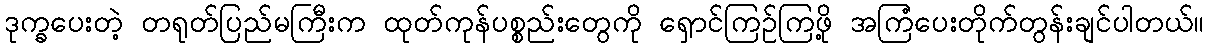
ဒုက္ခပေးတဲ့ တရုတ်ပြည်မကြီးက ထုတ်ကုန်ပစ္စည်းတွေကို ရှောင်ကြဉ်ကြဖို့ အကြံပေးတိုက်တွန်းချင်ပါတယ်။